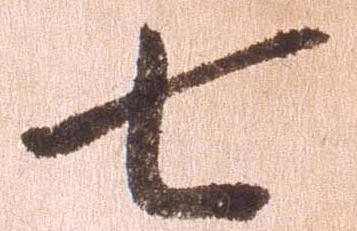
七